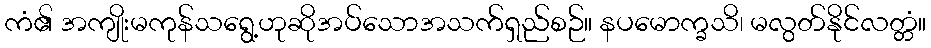
ကံ၏ အကျိုးမကုန်သရွေ့ဟုဆိုအပ်သောအသက်ရှည်စဉ်။ နပမောက္ခသိ၊ မလွတ်နိုင်လတ္တံ။